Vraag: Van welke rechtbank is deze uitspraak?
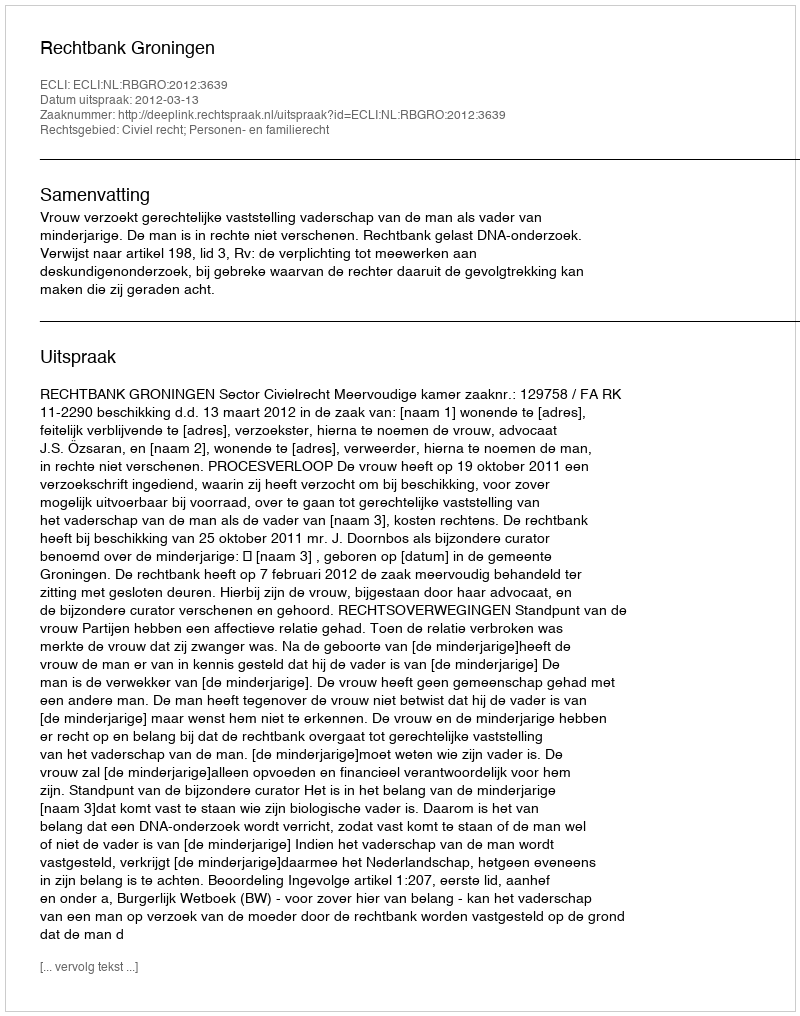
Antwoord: Rechtbank Groningen